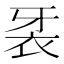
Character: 𲀧